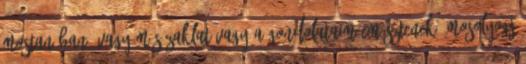
mostanában, vagy más zaklat vagy a gondolataim emésztenek. Mosolyogj